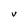
Character: V